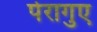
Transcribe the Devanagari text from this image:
पेरागुए